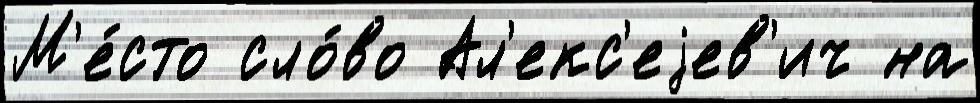
М'е́сто сло́во Ал'екс'еjев'ич на